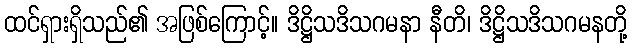
ထင်ရှားရှိသည်၏ အဖြစ်ကြောင့်။ ဒိဋ္ဌိသဒိသဂမနာ နီတိ၊ ဒိဋ္ဌိသဒိသဂမနတို့